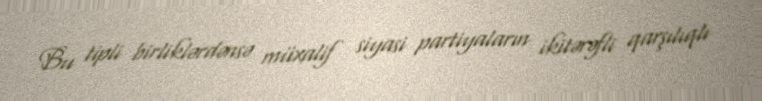
Bu tipli birliklərdənsə müxalif siyasi partiyaların ikitərəfli qarşılıqlı